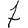
Digit: 7